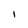
Character: I